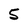
Character: 5